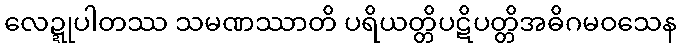
လေဍ္ဍုပါတဿ သမဏဿာတိ ပရိယတ္တိပဋိပတ္တိအဓိဂမဝသေန